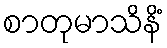
စာတုမာသိနိံ